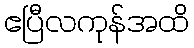
ဧပြီလကုန်အထိ